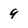
Character: 9